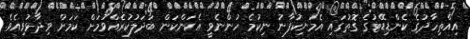
އިއްތިހާދުގެ ކެންޑިޑޭޓުގެ ގޮތުގައި އެމަނިކުފާނު ނިކުމެ ހުންނެވީ އެކަންކަން ބަދަލުކުރެއްވުމަށް ކަމަށް ވިދާޅުވިއެވެ.